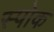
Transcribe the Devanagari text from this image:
स्‍पोक